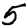
Digit: 5